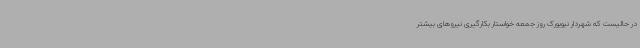
در حالیست که شهردار نیویورک روز جمعه خواستار بکارگیری نیروهای بیشتر